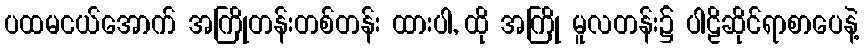
ပထမငယ်အောက် အကြိုတန်းတစ်တန်း ထားပါ, ထို အကြို မူလတန်း၌ ပါဠိဆိုင်ရာစာပေနဲ့